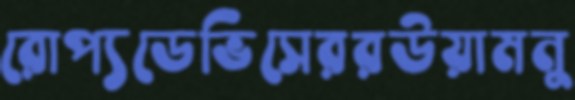
রোপ্যডেভিসেররউয়ামনু